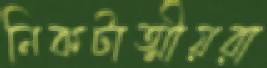
নিকটাত্মীয়রা